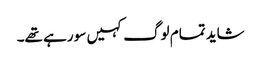
شاید تمام لوگ کہیں سو رہے تھے۔